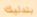
بتدليك